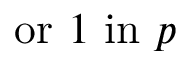
{ \mathrm { o r ~ } } 1 { \mathrm { ~ i n ~ } } p